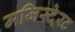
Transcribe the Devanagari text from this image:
मजिस्टे्रट